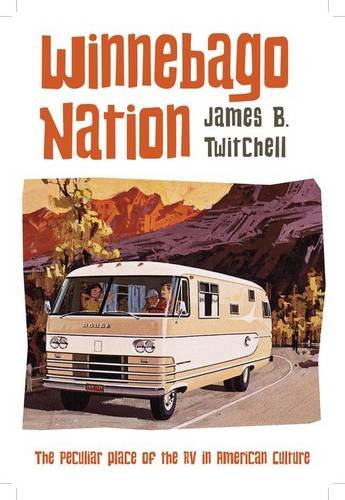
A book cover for Winnebago Nation: The RV in American Culture; James B. Twitchell; Business & Money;